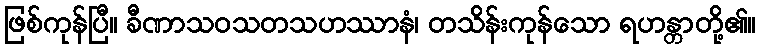
ဖြစ်ကုန်ပြီ။ ခီဏာသဝသတသဟဿာနံ၊ တသိန်းကုန်သော ရဟန္တာတို့၏။